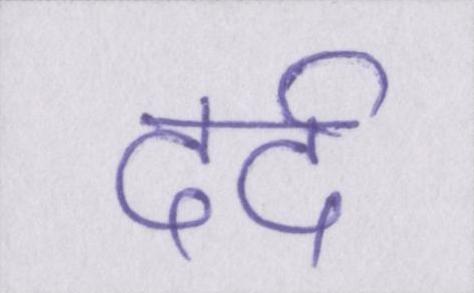
दर्द